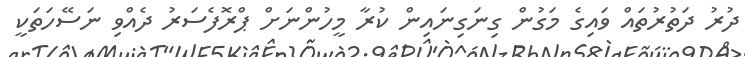
ދުރު ދަތުރުތައް ވައިގެ މަގުން ގިނަގިނައިން ކުރާ މީހުންނަށް ޕްރޮފެސަރު ދެއްވި ނަސޭހަތަކީ